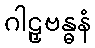
ဂါဠှဗန္ဓနံ